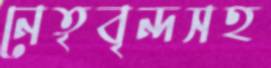
নেতৃবৃন্দসহ